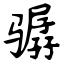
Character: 骣